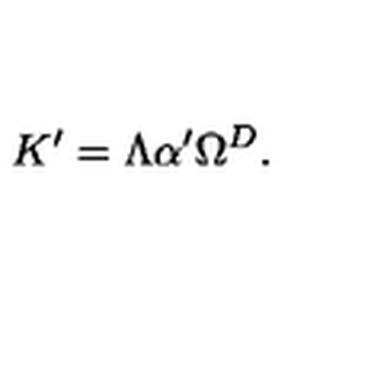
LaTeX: K ^ { \prime } = \Lambda \alpha ^ { \prime } \Omega ^ { D } .